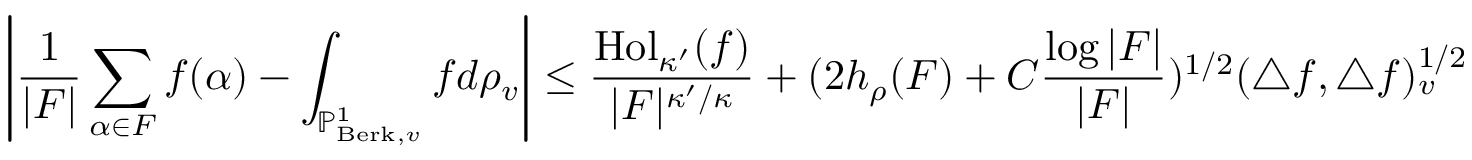
\left| \frac { 1 } { | F | } \sum _ { \alpha \in F } f ( \alpha ) - \int _ { \mathbb { P } _ { \operatorname { B e r k } , v } ^ { 1 } } f d \rho _ { v } \right| \leq \frac { \operatorname { H o l } _ { \kappa ^ { \prime } } ( f ) } { | F | ^ { \kappa ^ { \prime } / \kappa } } + ( 2 h _ { \rho } ( F ) + C \frac { \log | F | } { | F | } ) ^ { 1 / 2 } ( \triangle f , \triangle f ) _ { v } ^ { 1 / 2 }